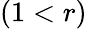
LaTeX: (1<r)